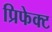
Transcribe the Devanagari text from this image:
प्रिफेक्ट